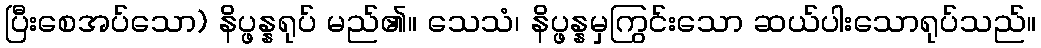
ပြီးစေအပ်သော) နိပ္ဖန္နရုပ် မည်၏။ သေသံ၊ နိပ္ဖန္နမှကြွင်းသော ဆယ်ပါးသောရုပ်သည်။